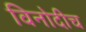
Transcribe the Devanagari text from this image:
विनोदीच